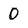
Character: 0